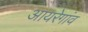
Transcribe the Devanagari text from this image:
आयरेगांव